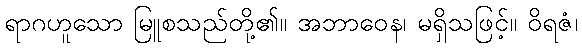
ရာဂဟူသော မြူစသည်တို့၏။ အဘာဝေန၊ မရှိသဖြင့်။ ဝိရဇံ၊